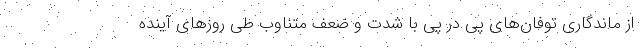
از ماندگاری توفان‌های پی در پی با شدت و ضعف متناوب طی روزهای آینده